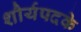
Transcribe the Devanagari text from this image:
शौर्यपदके